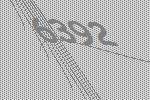
6392